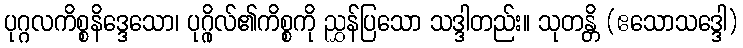
ပုဂ္ဂလကိစ္စနိဒ္ဒေသော၊ ပုဂ္ဂိုလ်၏ကိစ္စကို ညွှန်ပြသော သဒ္ဒါတည်း။ သုတန္တိ (ဧသောသဒ္ဒေါ)